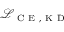
\mathcal { L } _ { \mathrm { ~ C ~ E ~ , ~ K ~ D ~ } }